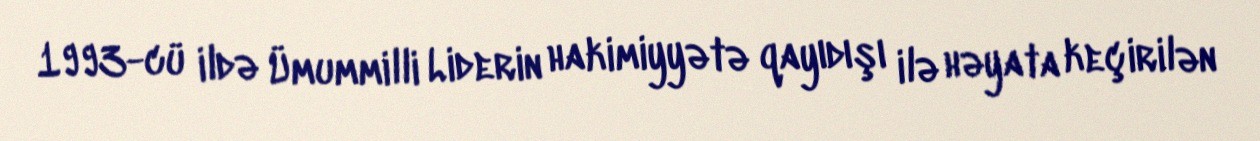
1993-cü ildə Ümummilli Liderin hakimiyyətə qayıdışı ilə həyata keçirilən